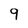
Character: 9